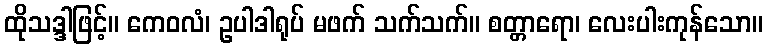
ထိုသဒ္ဒါဖြင့်။ ကေဝလံ၊ ဥပါဒါရုပ် မဖက် သက်သက်။ စတ္တာရော၊ လေးပါးကုန်သော။